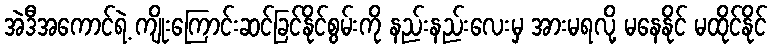
အဲဒီအကောင်ရဲ့ ကျိုးကြောင်းဆင်ခြင်နိုင်စွမ်းကို နည်းနည်းလေးမှ အားမရလို့ မနေနိုင် မထိုင်နိုင်